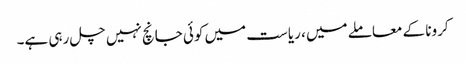
کرونا کے معاملے میں ، ریاست میں کوئی جانچ نہیں چل رہی ہے۔